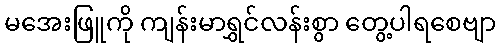
မအေးဖြူကို ကျန်းမာရွှင်လန်းစွာ တွေ့ပါရစေဗျာ